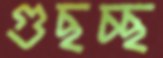
গুছচ্ছ